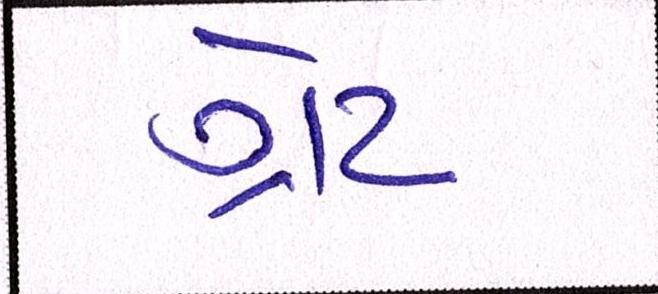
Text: ગ્રેટ